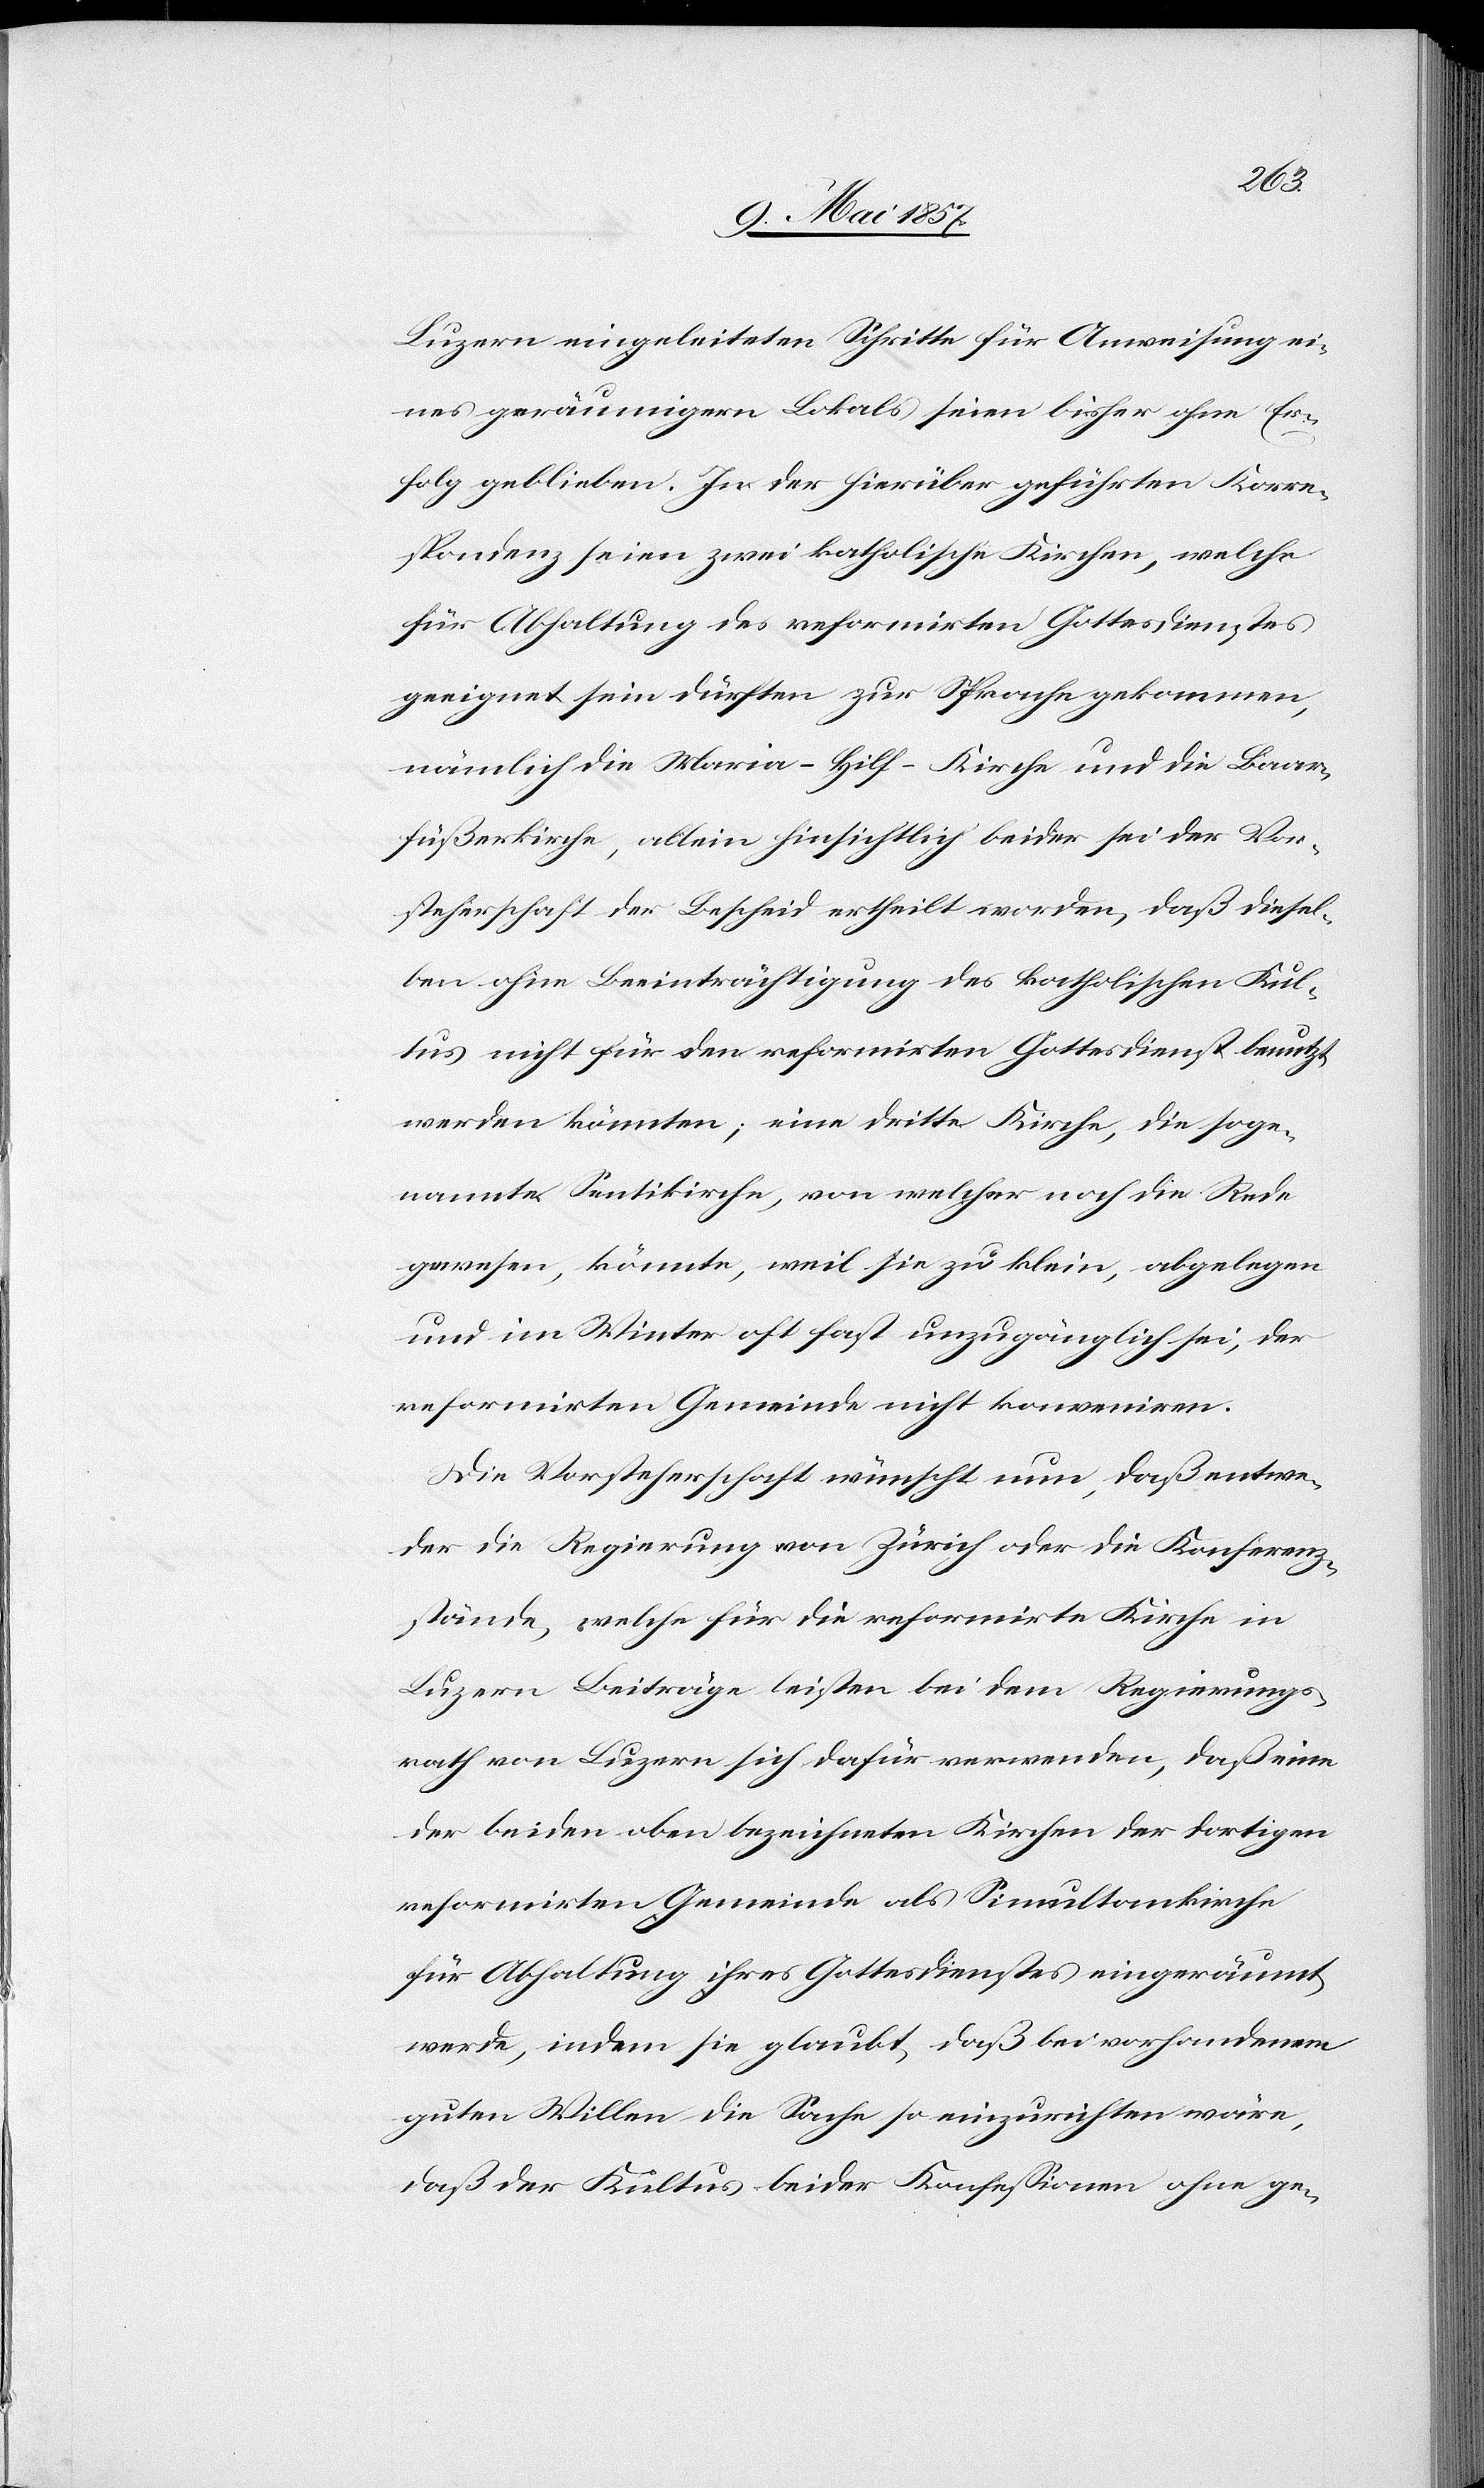
Luzern eingeleiteten Schritte für Anweisung ei¬
nes geräumigen Lokals seien bisher ohne Er¬
folg geblieben. In der hierüber geführten Korre¬
spondenz seien zwei katholische Kirchen, welche
für Abhaltung des reformirten Gottesdienstes
geeignet sein dürften zur Sprache gekommen,
nämlich die Maria-Hilf-Kirche und die Baar¬
füßerkirche, allein hinsichtlich beider sei der Vor¬
steherschaft der Bescheid ertheilt worden, daß diesel¬
ben ohne Beeinträchtigung des katholischen Kul¬
tus nicht für den reformirten Gottesdienst benutzt
werden könnten; eine dritte Kirche, die soge¬
nannte Sentikirche, von welcher noch die Rede
gewesen, könnte, weil sie zu klein, abgelegen
und im Winter oft fast unzugänglich sei, der
reformirten Gemeinde nicht konveniren.
Die Vorsteherschaft wünscht nun, daß entwe¬
der die Regierung von Zürich oder die Konferenz¬
stände, welche für die reformirte Kirche in
Luzern Beiträge leisten bei dem Regierungs¬
rath von Luzern sich dafür verwenden, daß eine
der beiden oben bezeichneten Kirchen der dortigen
reformirten Gemeinde als Simultankirche
für Abhaltung ihres Gottesdienstes eingeräumt
werde, indem sie glaubt, daß bei vorhandenem
guten Willen die Sache so einzurichten wäre,
daß der Kultus beider Konfessionen ohne ge-